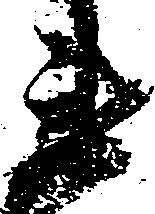
衛